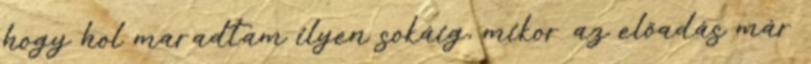
hogy hol maradtam ilyen sokáig, mikor az előadás már